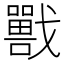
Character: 𡃣